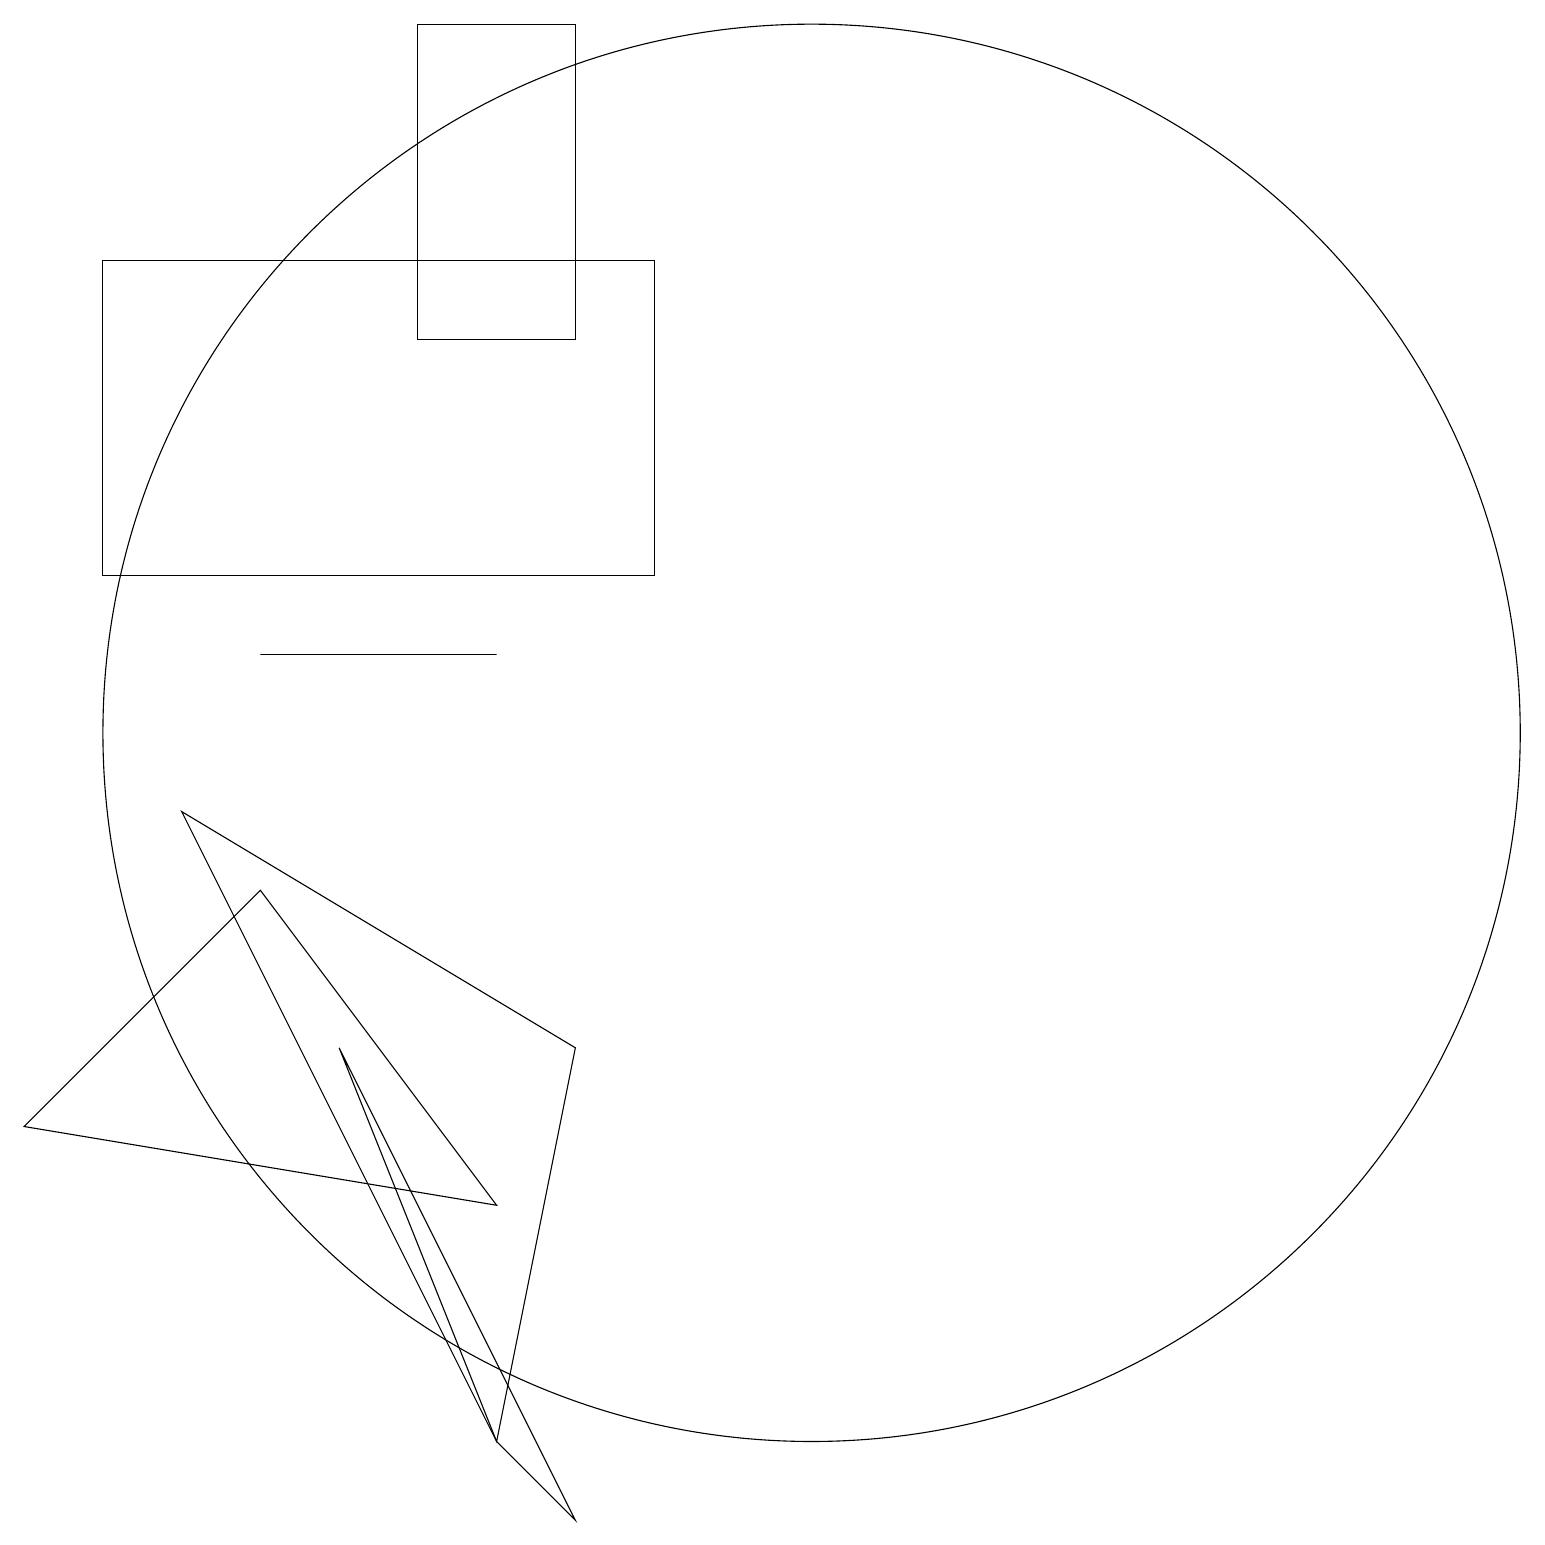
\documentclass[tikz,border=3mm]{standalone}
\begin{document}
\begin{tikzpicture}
\draw (6,4) -- (0,5) -- (3,8) -- cycle;
\draw (5,19) rectangle (7,15);
\draw (6,1) -- (7,0) -- (4,6) -- cycle;
\draw (2,9) -- (6,1) -- (7,6) -- cycle;
\draw (10,10) circle (9);
\draw (6,11) rectangle (3,11);
\draw (1,12) rectangle (8,16);
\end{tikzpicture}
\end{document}